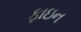
ફાઇન